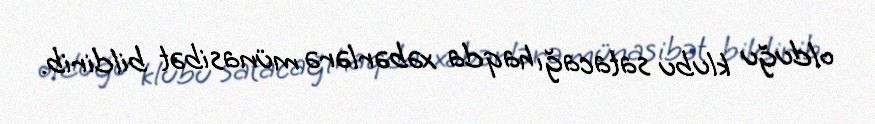
olduğu klubu satacağı haqda xəbərlərə münasibət bildirib.